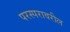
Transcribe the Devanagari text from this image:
परस्परावरील